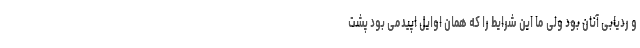
و ردیابی آنان بود ولی ما این شرایط را که همان اوایل اپیدمی بود پشت